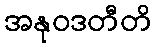
အနုဝဒတီတိ